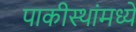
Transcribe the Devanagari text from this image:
पाकीस्थांमध्ये